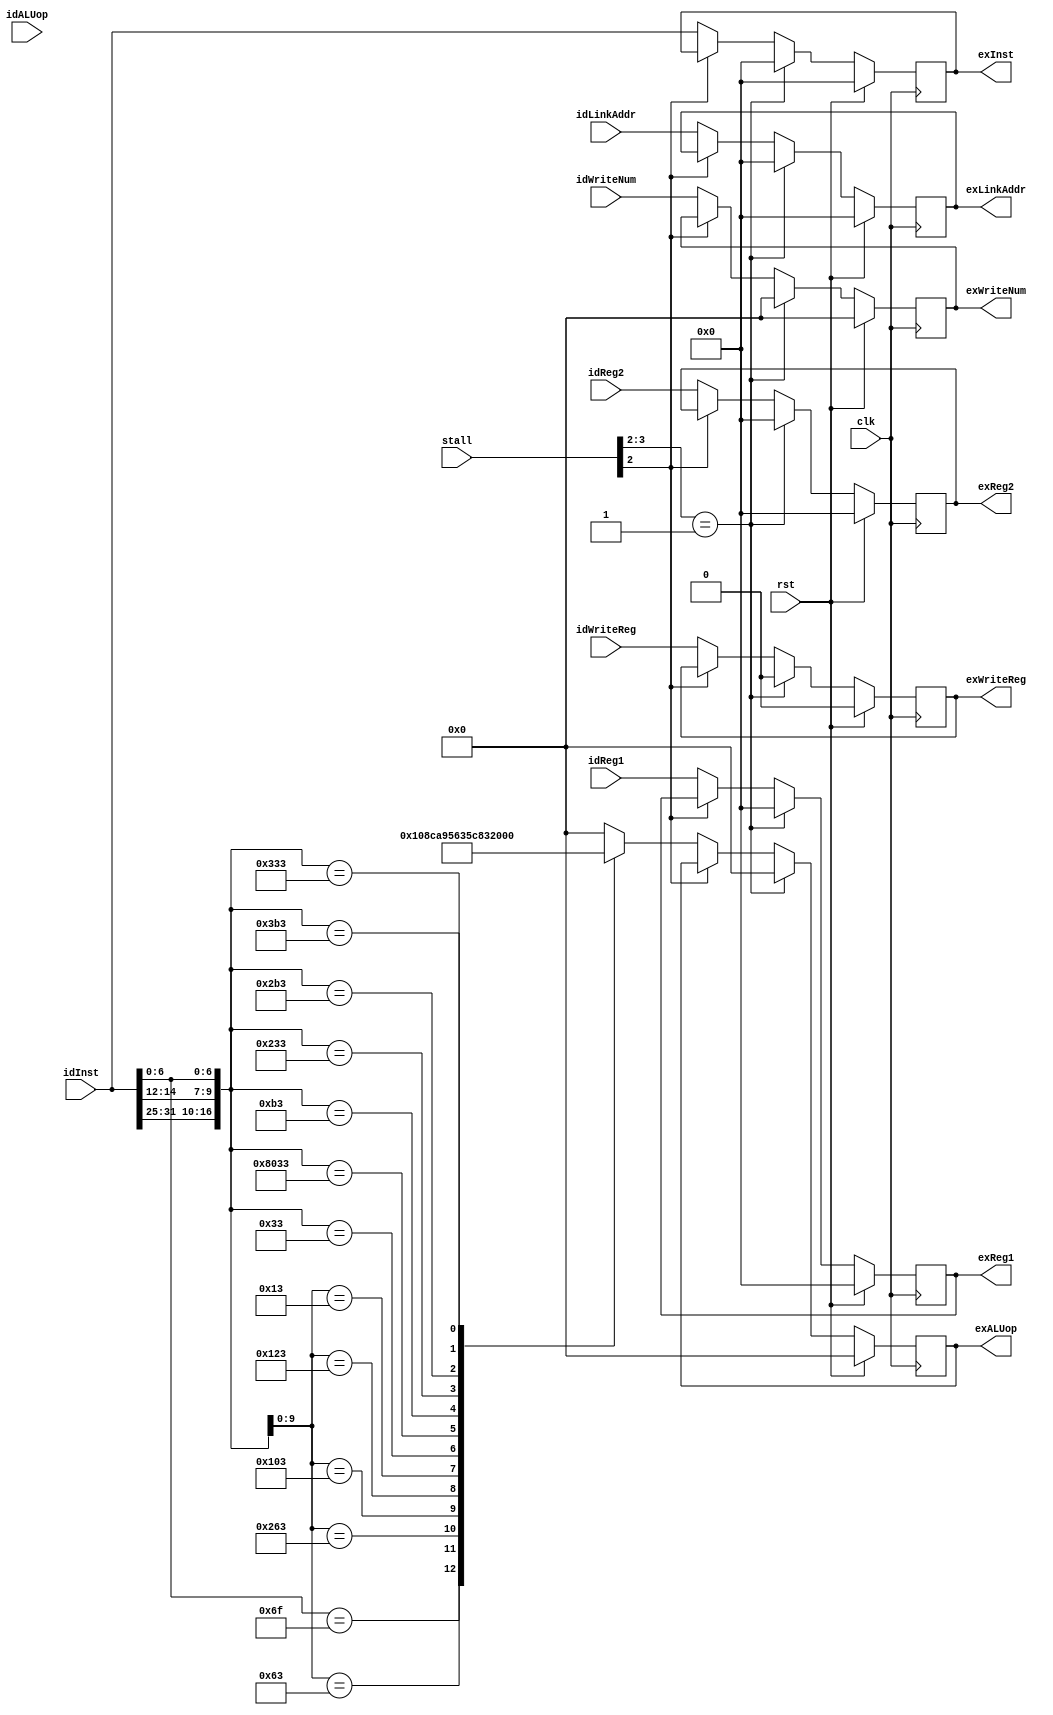
module ID_EX(

	input   wire        clk,
	input   wire        rst,
	input   wire[5:0]   stall,
	input   wire[4:0]   idALUop,
	input   wire[31:0]  idReg1,
	input   wire[31:0]  idReg2,
	input   wire[4:0]   idWriteNum,
	input   wire        idWriteReg,	
	input   wire[31:0]  idLinkAddr,
	input   wire[31:0]  idInst,	
	output  reg [4:0]   exALUop,
	output  reg [31:0]  exLinkAddr,
	output  reg [31:0]  exInst,
	output  reg [31:0]  exReg1,
	output  reg [31:0]  exReg2,
	output  reg [4:0]   exWriteNum,
	output  reg         exWriteReg
	
);


 //controls the signal exALUop.
 
always @ (posedge clk) begin
    if (rst)
        exALUop <= 5'b0;
    else if (stall[3:2] == 2'b01)
        exALUop <= 5'b0;
    else if (!stall[2]) begin
        casex (idInst)
            32'bxxxxxxxxxxxxxxxxxxxxxxxxx1101111: exALUop <= 5'b10000;  // jal
            32'bxxxxxxxxxxxxxxxxx000xxxxx1100011: exALUop <= 5'b10001;  // beq
            32'bxxxxxxxxxxxxxxxxx100xxxxx1100011: exALUop <= 5'b10010;  // blt
            32'bxxxxxxxxxxxxxxxxx010xxxxx0000011: exALUop <= 5'b10100;  // lw
            32'bxxxxxxxxxxxxxxxxx010xxxxx0100011: exALUop <= 5'b10101;  // sw
            32'bxxxxxxxxxxxxxxxxx000xxxxx0010011: exALUop <= 5'b01100;  // addi
            32'b0000000xxxxxxxxxx000xxxxx0110011: exALUop <= 5'b01101;  // add
            32'b0100000xxxxxxxxxx000xxxxx0110011: exALUop <= 5'b01110;  // sub
            32'b0000000xxxxxxxxxx001xxxxx0110011: exALUop <= 5'b01000;  // sll
            32'b0000000xxxxxxxxxx100xxxxx0110011: exALUop <= 5'b00110;  // xor
            32'b0000000xxxxxxxxxx101xxxxx0110011: exALUop <= 5'b01001;  // srl
            32'b0000000xxxxxxxxxx110xxxxx0110011: exALUop <= 5'b00101;  // or
            32'b0000000xxxxxxxxxx111xxxxx0110011: exALUop <= 5'b00100;  // and
            default: exALUop <= 5'b0;
        endcase
    end
end


 //controls the signal exReg1.
 
always @ (posedge clk) begin
    if (rst)
        exReg1 <= 32'b0;
    else if (stall[3:2] == 2'b01)
        exReg1 <= 32'b0;
    else if (!stall[2])
        exReg1 <= idReg1;
end


 //controls the signal exReg2.
 
always @ (posedge clk) begin
    if (rst)
        exReg2 <= 32'b0;
    else if (stall[3:2] == 2'b01)
        exReg2 <= 32'b0;
    else if (!stall[2])
        exReg2 <= idReg2;
end


 //controls the signal exWriteNum.
 
always @ (posedge clk) begin
    if (rst)
        exWriteNum <= 5'b0;
    else if (stall[3:2] == 2'b01)
        exWriteNum <= 5'b0;
    else if (!stall[2])
        exWriteNum <= idWriteNum;
end


 //controls the signal exWriteReg.
 
always @ (posedge clk) begin
    if (rst)
        exWriteReg <= 1'b0;
    else if (stall[3:2] == 2'b01)
        exWriteReg <= 1'b0;
    else if (!stall[2])
        exWriteReg <= idWriteReg;
end


 //controls the signal exLinkAddr.
 
always @ (posedge clk) begin
    if (rst)
        exLinkAddr <= 32'b0;
    else if (stall[3:2] == 2'b01)
        exLinkAddr <= 32'b0;
    else if (!stall[2])
        exLinkAddr <= idLinkAddr;
end


 //controls the signal exInst.
 
always @ (posedge clk) begin
    if (rst)
        exInst <= 32'b0;
    else if (stall[3:2] == 2'b01)
        exInst <= 32'b0;
    else if (!stall[2])
        exInst <= idInst;
end

endmodule